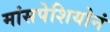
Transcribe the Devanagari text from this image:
मांसपेशियोनं